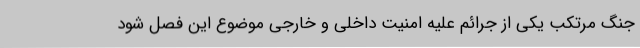
جنگ مرتکب یکی از جرائم علیه امنیت داخلی و خارجی موضوع این فصل شود